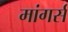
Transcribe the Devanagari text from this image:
मांगर्स